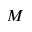
M